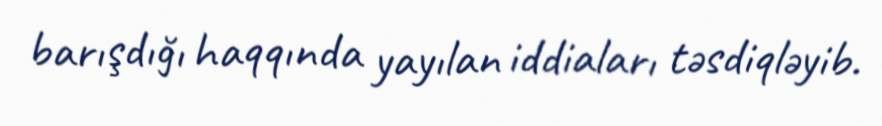
barışdığı haqqında yayılan iddiaları təsdiqləyib.